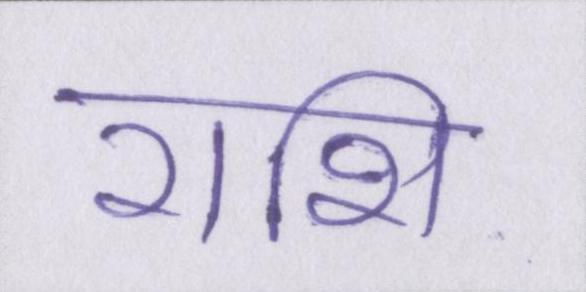
राशि